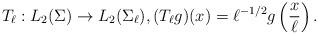
LaTeX: \begin{align*}T_\ell : L_2(\Sigma) \to L_2(\Sigma_\ell), (T_\ell g)(x) = \ell^{-1/2} g\left(\frac{x}\ell\right) .\end{align*}